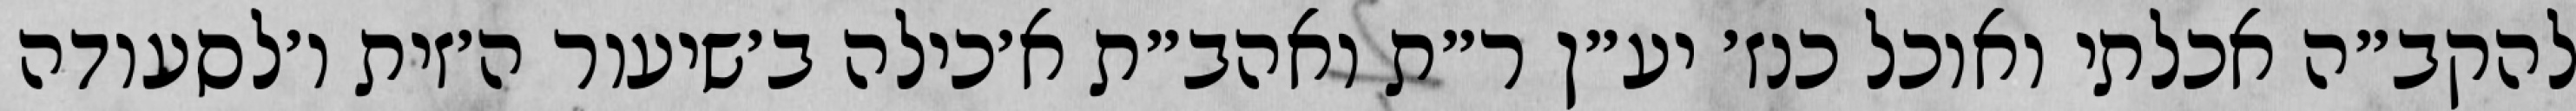
להקב״ה אכלתי ואוכל כנז׳ יע״ן ר״ת ואהב״ת א׳כילה ב׳שיעור ה׳זית ו׳לסעודה